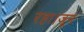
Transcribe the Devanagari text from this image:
रहा।जून